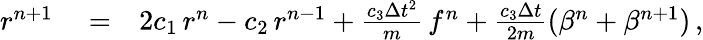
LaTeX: \begin{array}{rlr}{r^{n+1}}&{{}=}&{2c_{1}\, r^{n}-c_{2}\, r^{n-1}+\frac{c_{3}\Delta{t}^{2}}{m}\, f^{n}+\frac{c_{3}\Delta{t}}{2m}(\beta^{n}+\beta^{n+1})\, ,}\end{array}